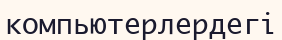
компьютерлердегі